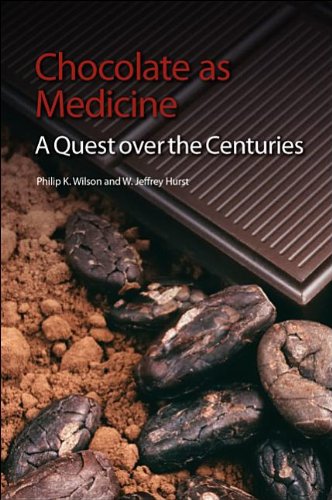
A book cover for Chocolate as Medicine: A Quest over the Centuries; Philip K Wilson; Cookbooks, Food & Wine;